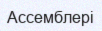
Ассемблері